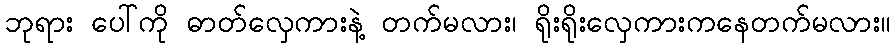
ဘုရား ပေါ်ကို ဓာတ်လှေကားနဲ့ တက်မလား၊ ရိုးရိုးလှေကားကနေတက်မလား။